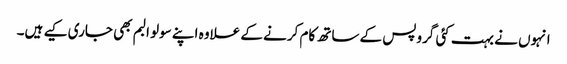
انہوں نے بہت کئی گروپس کے ساتھ کام کرنے کے علاوہ اپنے سولو البم بھی جاری کیے ہیں۔